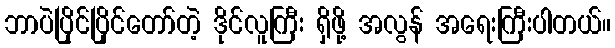
ဘာပဲပြိုင်ပြိုင်တော်တဲ့ ဒိုင်လူကြီး ရှိဖို့ အလွန် အရေးကြီးပါတယ်။